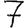
Digit: 7